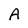
Character: A